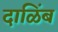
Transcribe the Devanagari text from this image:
दाळिंब